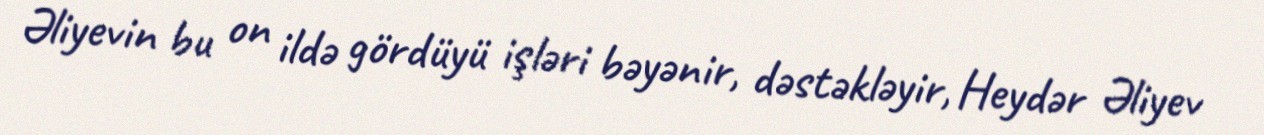
Əliyevin bu on ildə gördüyü işləri bəyənir, dəstəkləyir, Heydər Əliyev